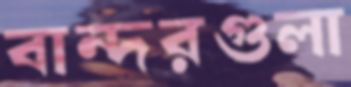
বান্দরগুলা